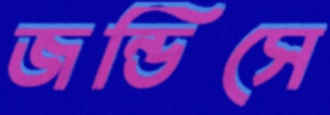
জন্ডিসে